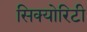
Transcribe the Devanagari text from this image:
सिक्‍योरिटी